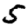
Digit: 5